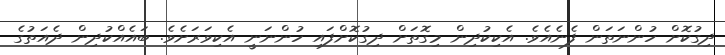
ދިގުކޮށް ހުންނަތަން ފެނެއެވެ. އެކިކުދިން މިގޮތަށް ދިގުކޮށްފައި ހުންނަނީ އެކިވަރަށެވެ. ބައެއްކުދިން ދެއަތުގެ